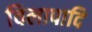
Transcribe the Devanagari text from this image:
विलापादि